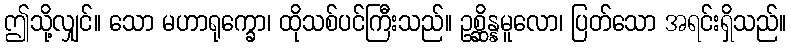
ဤသို့လျှင်။ သော မဟာရုက္ခော၊ ထိုသစ်ပင်ကြီးသည်။ ဥစ္ဆိန္နမူလော၊ ပြတ်သော အရင်းရှိသည်။